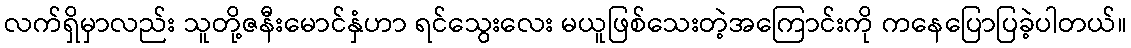
လက်ရှိမှာလည်း သူတို့ဇနီးမောင်နှံဟာ ရင်သွေးလေး မယူဖြစ်သေးတဲ့အကြောင်းကို ကနေပြောပြခဲ့ပါတယ်။